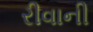
રીવાની